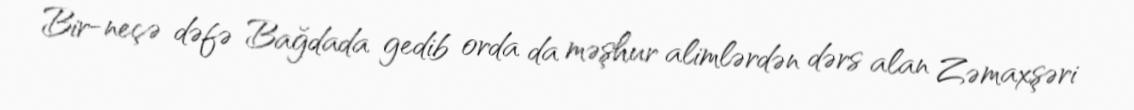
Bir-neçə dəfə Bağdada gedib orda da məşhur alimlərdən dərs alan Zəmaxşəri